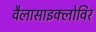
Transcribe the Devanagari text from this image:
वैलासाइक्लोविर